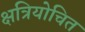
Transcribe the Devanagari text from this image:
क्षत्रियोचित